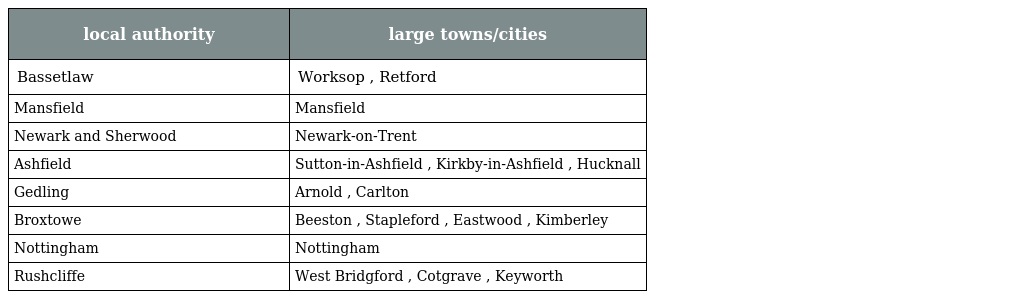
| local authority | large towns/cities |
 | --- | --- |
 | Bassetlaw | Worksop , Retford |
 | Mansfield | Mansfield |
 | Newark and Sherwood | Newark-on-Trent |
 | Ashfield | Sutton-in-Ashfield , Kirkby-in-Ashfield , Hucknall |
 | Gedling | Arnold , Carlton |
 | Broxtowe | Beeston , Stapleford , Eastwood , Kimberley |
 | Nottingham | Nottingham |
 | Rushcliffe | West Bridgford , Cotgrave , Keyworth |